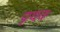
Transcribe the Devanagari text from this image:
पृथक्‍